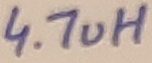
Text: 4.7uH